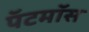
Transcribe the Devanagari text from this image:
पॅटमॉस